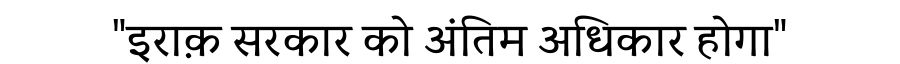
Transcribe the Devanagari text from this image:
"इराक़ सरकार को अंतिम अधिकार होगा"